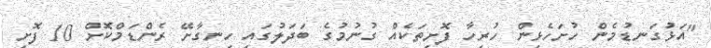
"އަޅުގަނޑުމެން ހުށަހެޅިން ހުރިހާ ފޮށިތަކެއް ގުނުމުގެ ބަދަލުގައި ހިނގާށޭ ރެންޑަމްކޮށް 10 ފޮށި